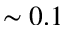
\sim 0 . 1